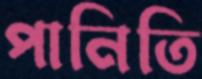
পানিতি